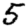
Digit: 5